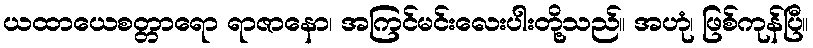
ယထာယေစတ္တာရော ရာဇာနော၊ အကြင်မင်းလေးပါးတို့သည်။ အဟုံ၊ ဖြစ်ကုန်ပြီ။